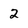
Character: 2